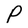
Character: P